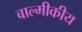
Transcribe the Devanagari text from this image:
बाल्मीकीय